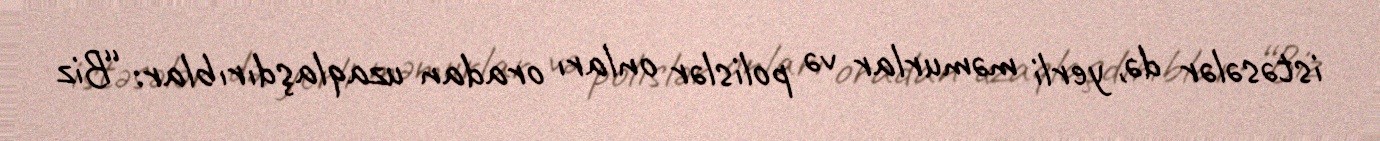
istəsələr də, yerli məmurlar və polislər onları oradan uzaqlaşdırıblar: “Biz